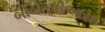
બાબતપીઆરઇ